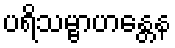
ပရိသမ္ဗာဟန္တေန